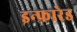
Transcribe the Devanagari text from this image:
इन्‍फ्रारेड